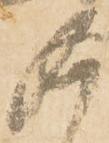
御